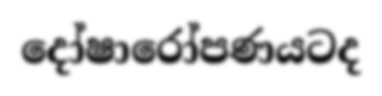
දෝෂාරෝපණයටද